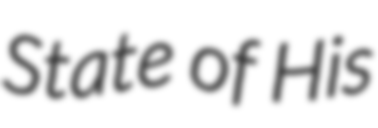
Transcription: State of His